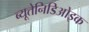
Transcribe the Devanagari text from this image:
ब्यूतेनिडिओइक